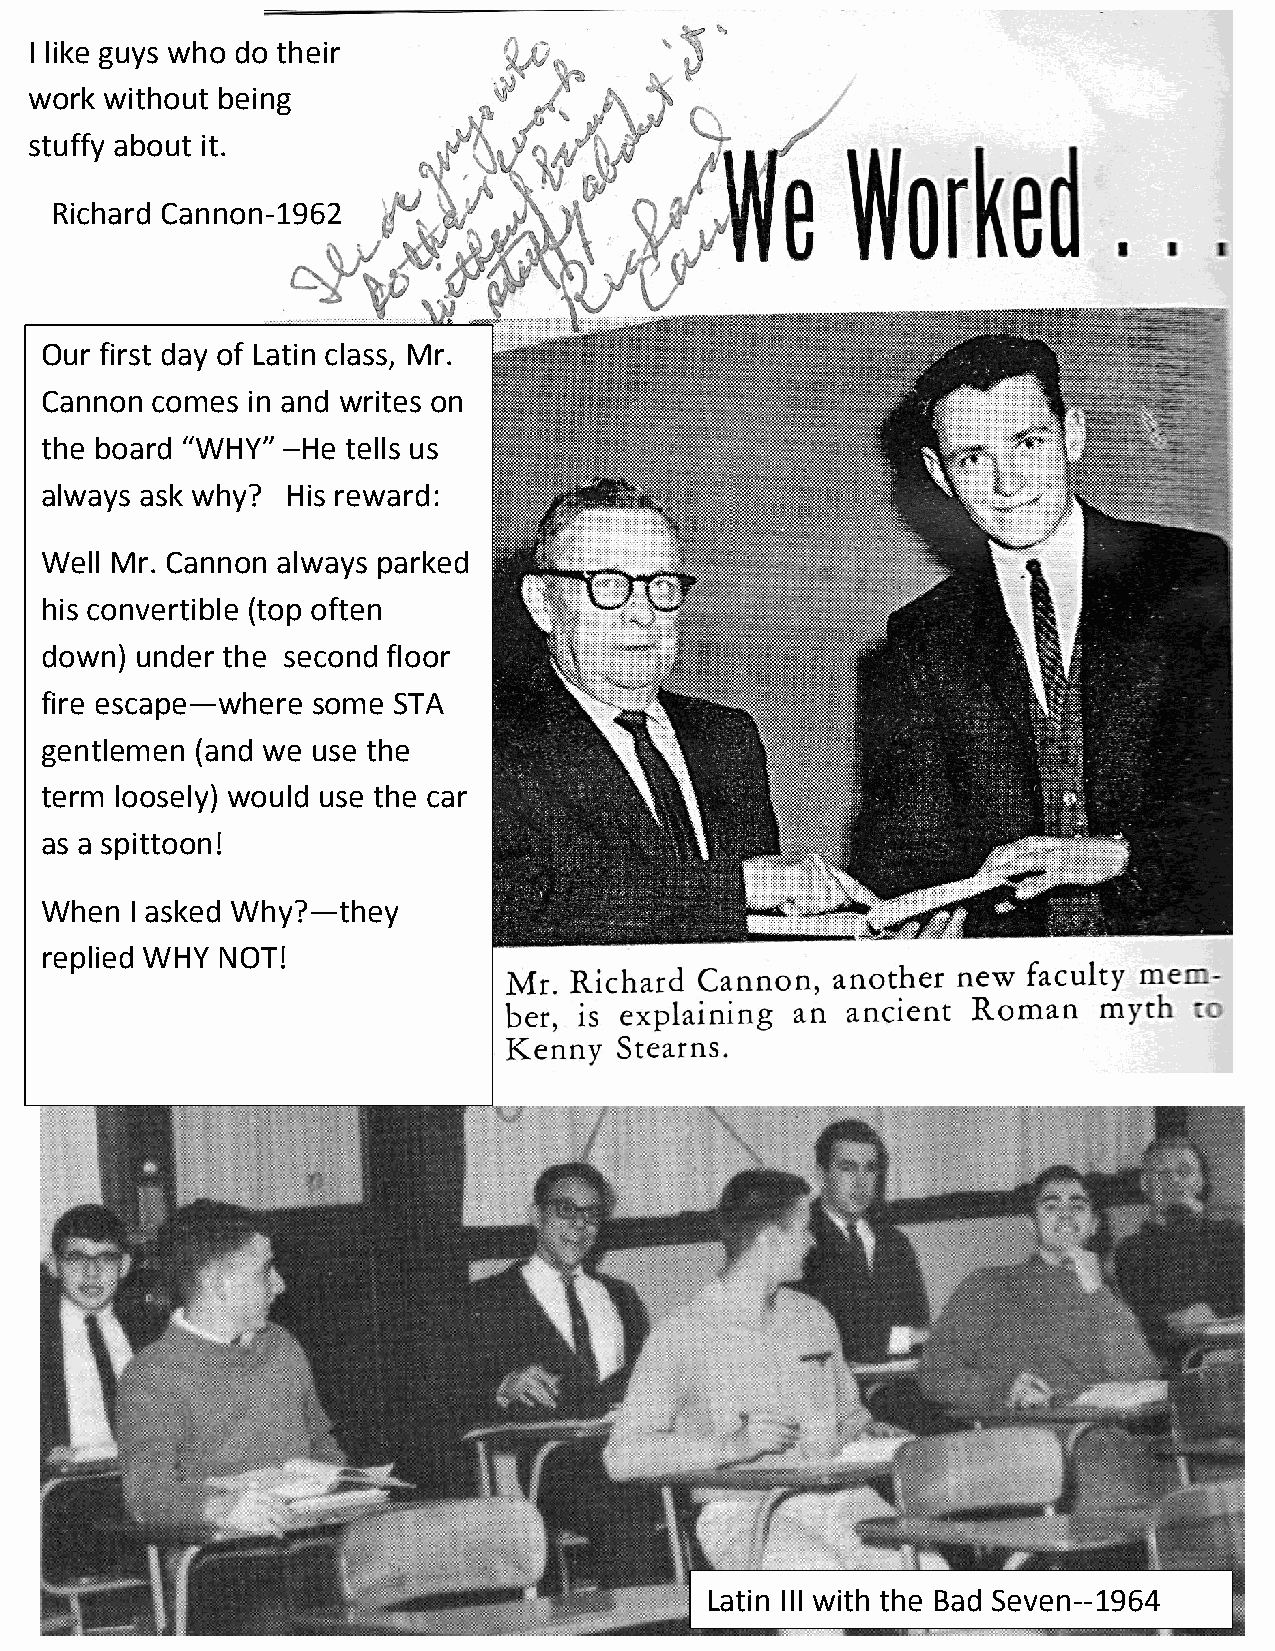
I like guys who do their
 work without being
 stuffy about it.
 Richard Cannon-1962
 Our first day of Latin class, Mr.
 Cannon comes in and writes on
 the board “WHY” –He tells us
 always ask why? His reward:
 Well Mr. Cannon always parked
 his convertible (top often
 down) under the second floor
 fire escape—where some STA
 gentlemen (and we use the
 term loosely) would use the car
 as a spittoon!
 When  I asked Why?—they
 replied WHY NOT!
 Latin III with the Bad Seven--1964